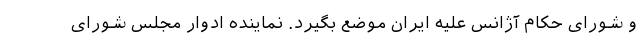
و شورای حکام آژانس علیه ایران موضع بگیرد. نماینده ادوار مجلس شورای